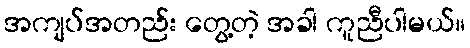
အကျပ်အတည်း တွေ့တဲ့ အခါ ကူညီပါမယ်။